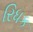
રિધક